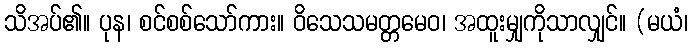
သိအပ်၏။ ပုန၊ စင်စစ်သော်ကား။ ဝိသေသမတ္တမေဝ၊ အထူးမျှကိုသာလျှင်။ (မယံ၊